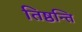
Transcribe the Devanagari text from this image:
तिष्ठन्ति